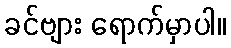
ခင်ဗျား ရောက်မှာပါ။